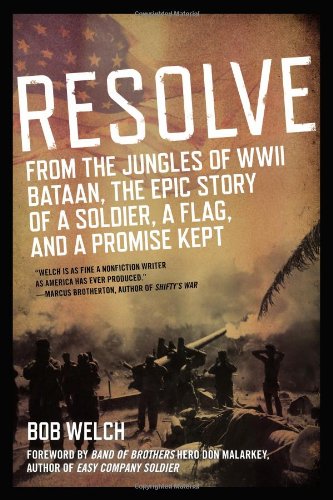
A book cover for Resolve: From the Jungles of WW II Bataan,The Epic Story of a Soldier, a Flag, and a Prom ise Kept; Bob Welch; History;